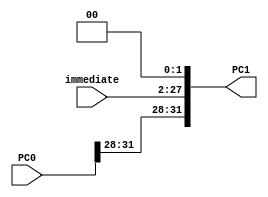
`timescale 1ns / 1ps
//////////////////////////////////////////////////////////////////////////////////
// Company:
// Engineer:
//
// Design Name:
// Module Name:    PCImmediateJumper
// Project Name:
// Target Devices:
// Tool versions:
// Description:
//
// Dependencies:
//
// Revision:
// Revision 0.01 - File Created
// Additional Comments:
//
//////////////////////////////////////////////////////////////////////////////////
module PCImmediateJumper(
    input [31:0] PC0,
    input [25:0] immediate,
    output reg [31:0] PC1
    );
    always @(immediate) begin
	     PC1 = {PC0[31:28], immediate, 2 'b00};
    	end
endmodule